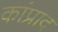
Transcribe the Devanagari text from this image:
कांप्राद